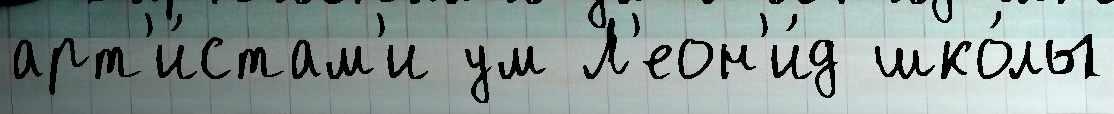
арт'и́стам'и ум Л'еон'и́д шко́лы